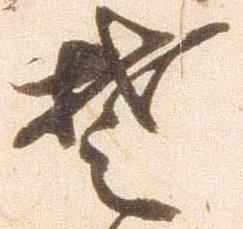
楚